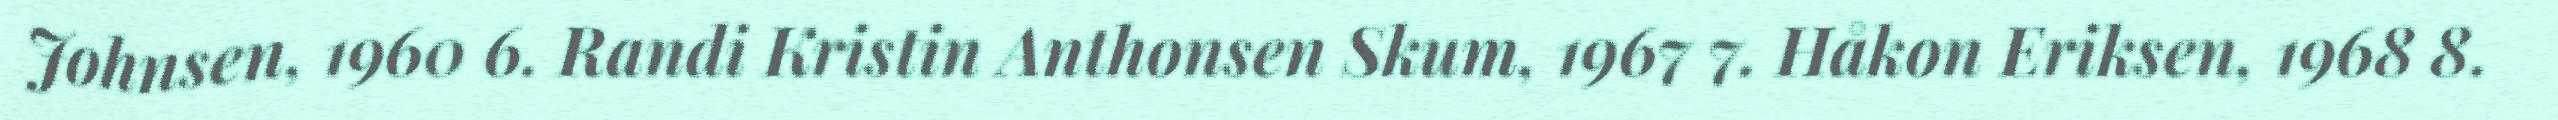
Johnsen, 1960 6. Randi Kristin Anthonsen Skum, 1967 7. Håkon Eriksen, 1968 8.